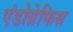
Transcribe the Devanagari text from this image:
एंडोग्रेफिस